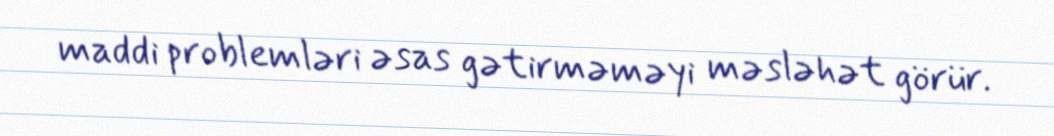
maddi problemləri əsas gətirməməyi məsləhət görür.